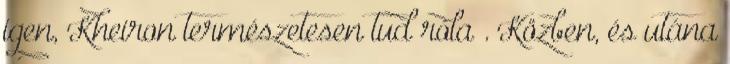
igen, Kheiron természetesen tud róla . Közben, és utána